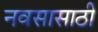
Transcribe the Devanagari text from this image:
नवसासाठी